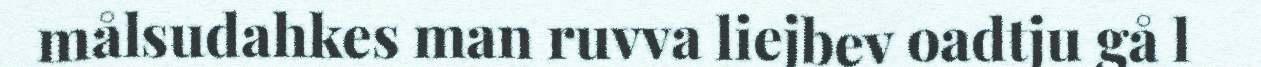
målsudahkes man ruvva liejbev oadtju gå l